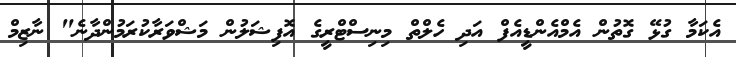
އެކަމާ ގުޅޭ ގޮތުން އެމްއެންޑީއެފް އަދި ހެލްތް މިނިސްޓްރީގެ އޮފިޝަލުން މަޝްވަރާކުރަމުންދާނެ" ނާޒިމް